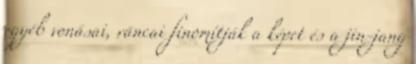
egyéb vonásai, ráncai finomítják a képet és a jin-jang